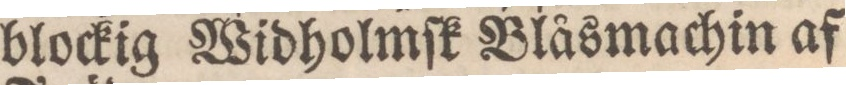
blockig Widholmſk Blåsmachin af